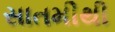
સાતમીથી